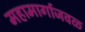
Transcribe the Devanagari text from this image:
महामार्गाजवळ